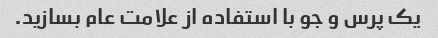
یک پرس و جو با استفاده از علامت عام بسازید.